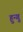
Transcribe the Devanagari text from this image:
हुन्गु